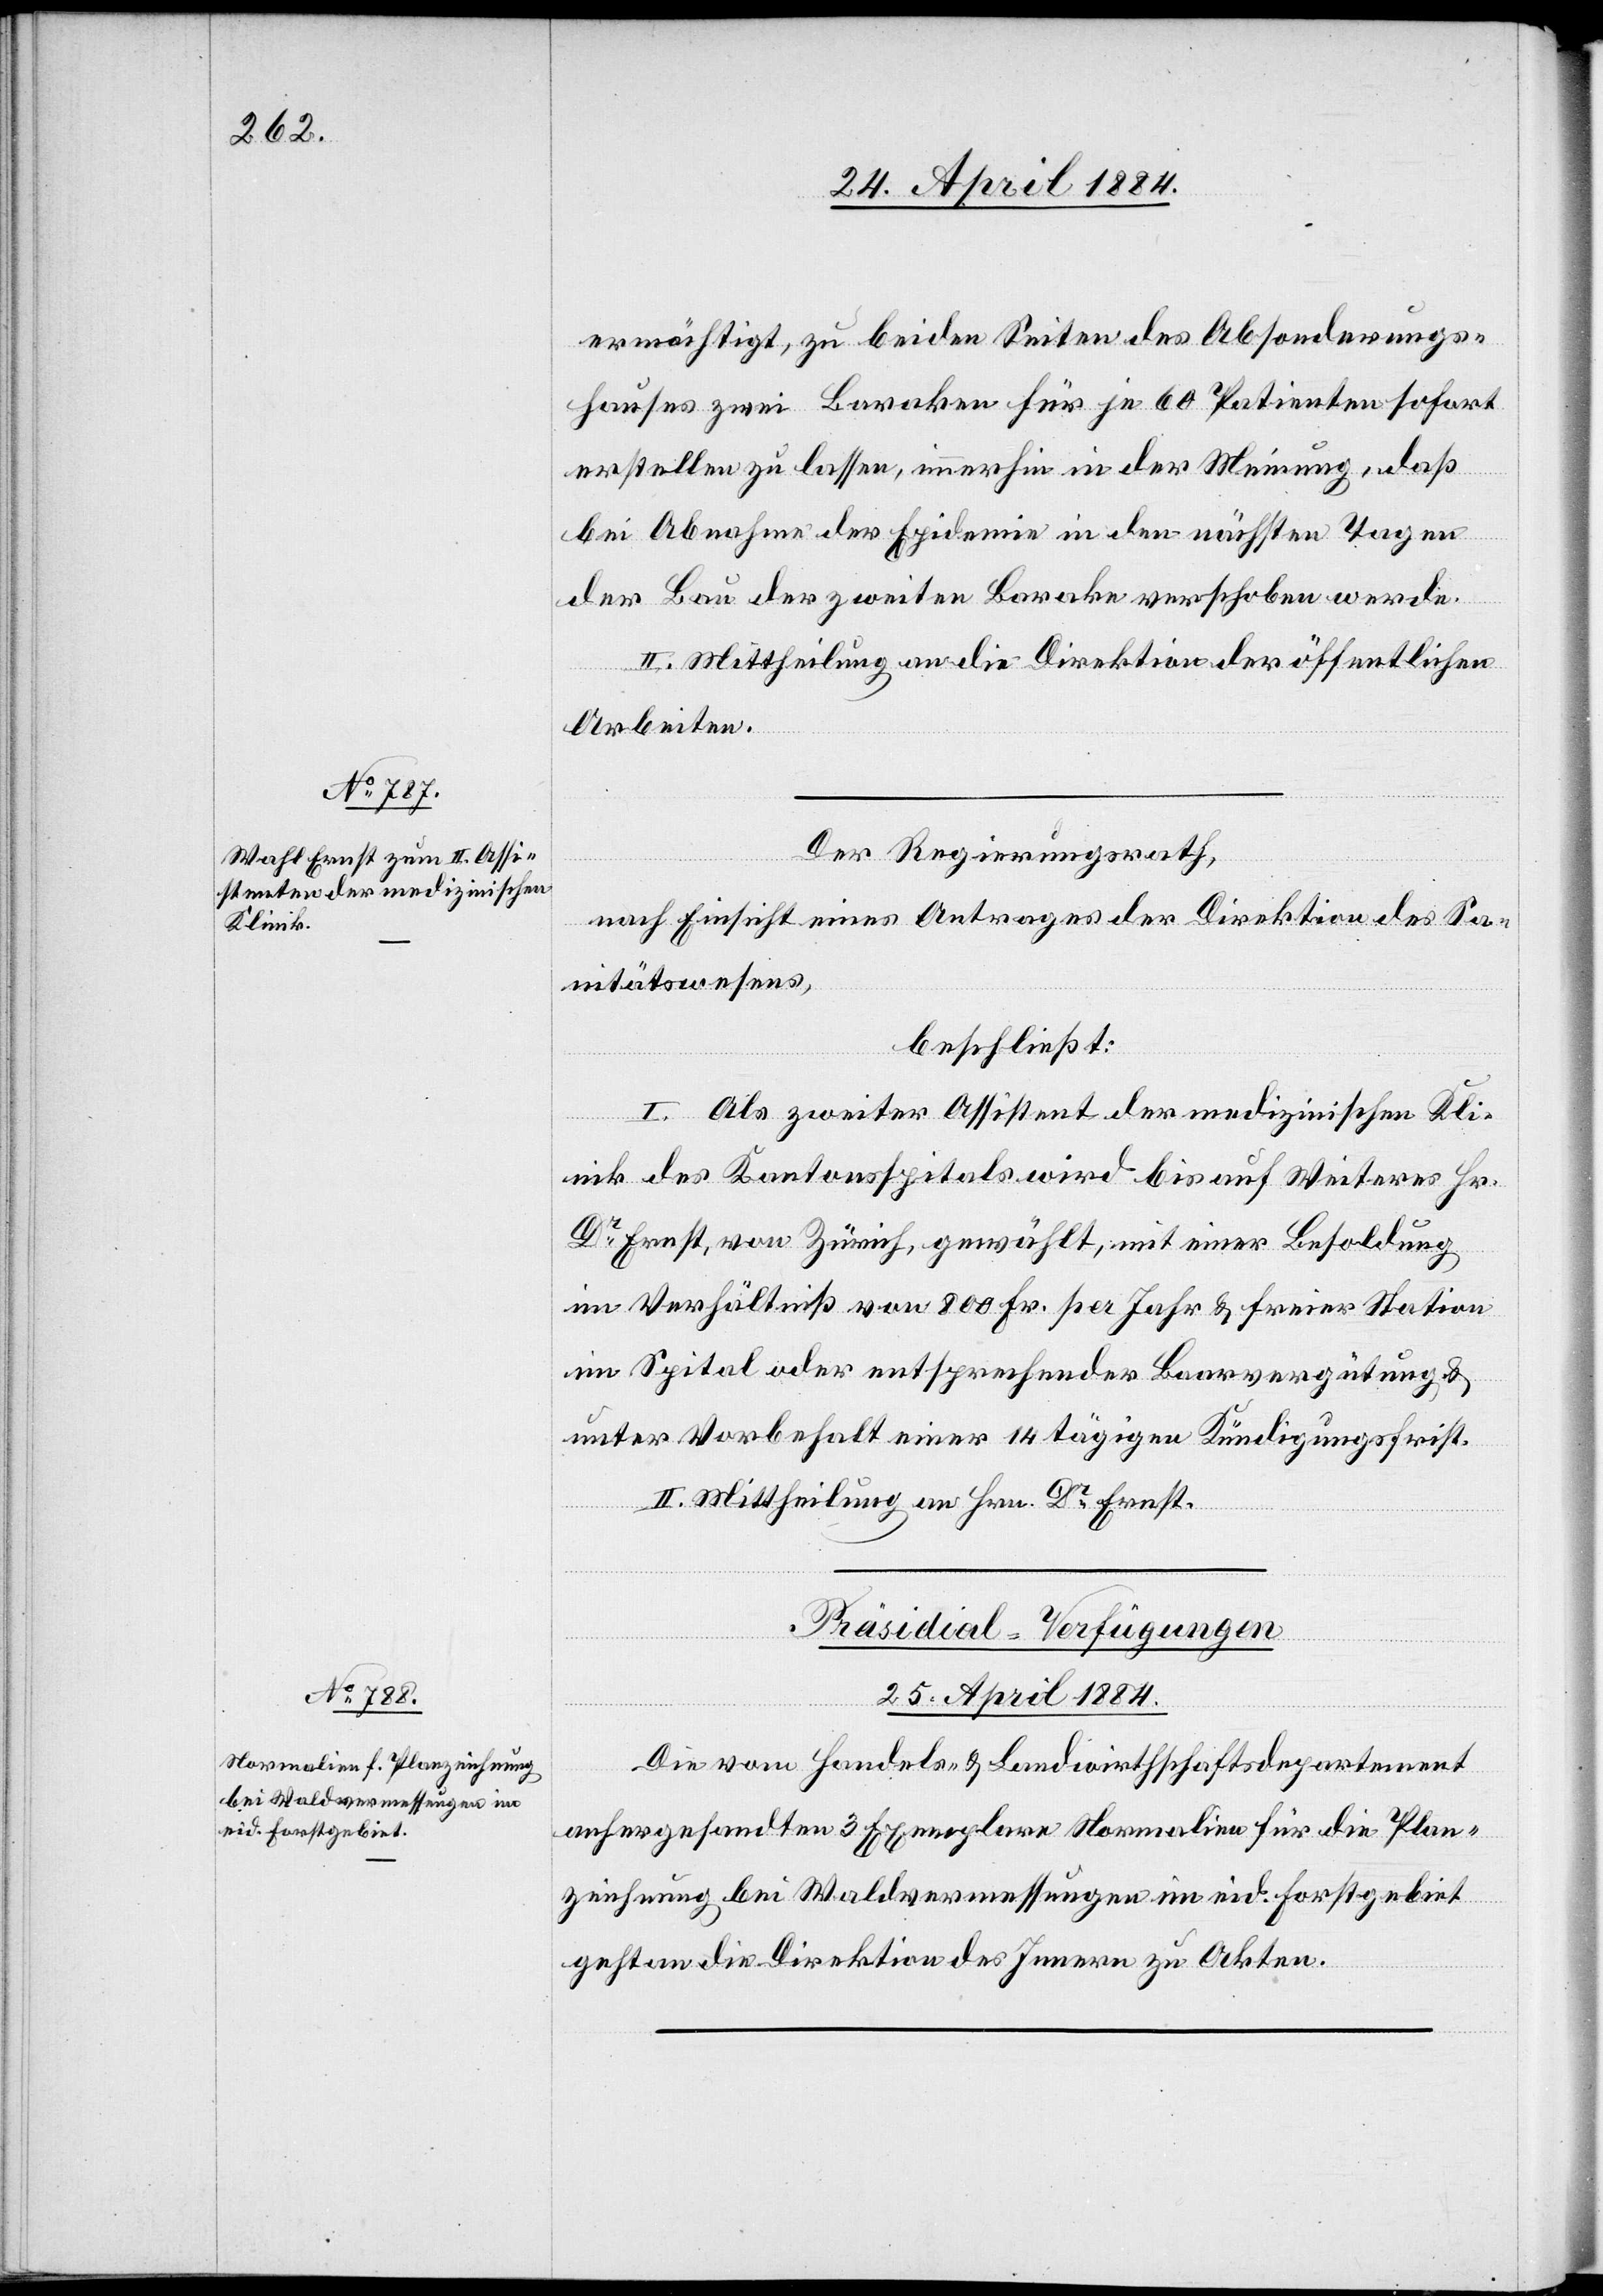
ermächtigt, zu beiden Seiten des Absonderungs¬
hauses zwei Baraken für je 60 Patienten sofort
erstellen zu lassen, immerhin in der Meinung, daß
bei Abnahme der Epidemie in den nächsten Tagen
der Bau der zweiten Baracke verschoben werde.
II. Mittheilung an die Direktion der öffentlichen
Arbeiten.
Der Regierungsrath,
nach Einsicht eines Antrages der Direktion des Sa¬
nitätswesens,
beschließt:
I. Als zweiter Assistent der medizinischen Kli¬
nik des Kantonsspitals wird bis auf Weiteres Hr.
Dr Ernst, von Zürich, gewählt, mit einer Besoldung
im Verhältniß von 800 Fr. per Jahr & freier Station
im Spital oder entsprechender Baarvergütung &
unter Vorbehalt einer 14 tägigen Kündigungsfrist.
II. Mittheilung an Hrn. Dr Ernst.
Präsidial-Verfügungen.
25. April 1884.
Die vom Handels- & Landwirtschaftsdepartement
anhergesandten 3 Exemplare Normalien für die Plan¬
zeichnung bei Waldvermessungen im eid. Forstgebiet
an die Direktion des Innern zu Akten.